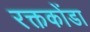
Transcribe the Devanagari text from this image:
रक्तकोंडा